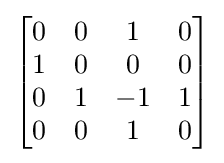
{\begin{bmatrix}0&0&1&0\\1&0&0&0\\0&1&-1&1\\0&0&1&0\end{bmatrix}}